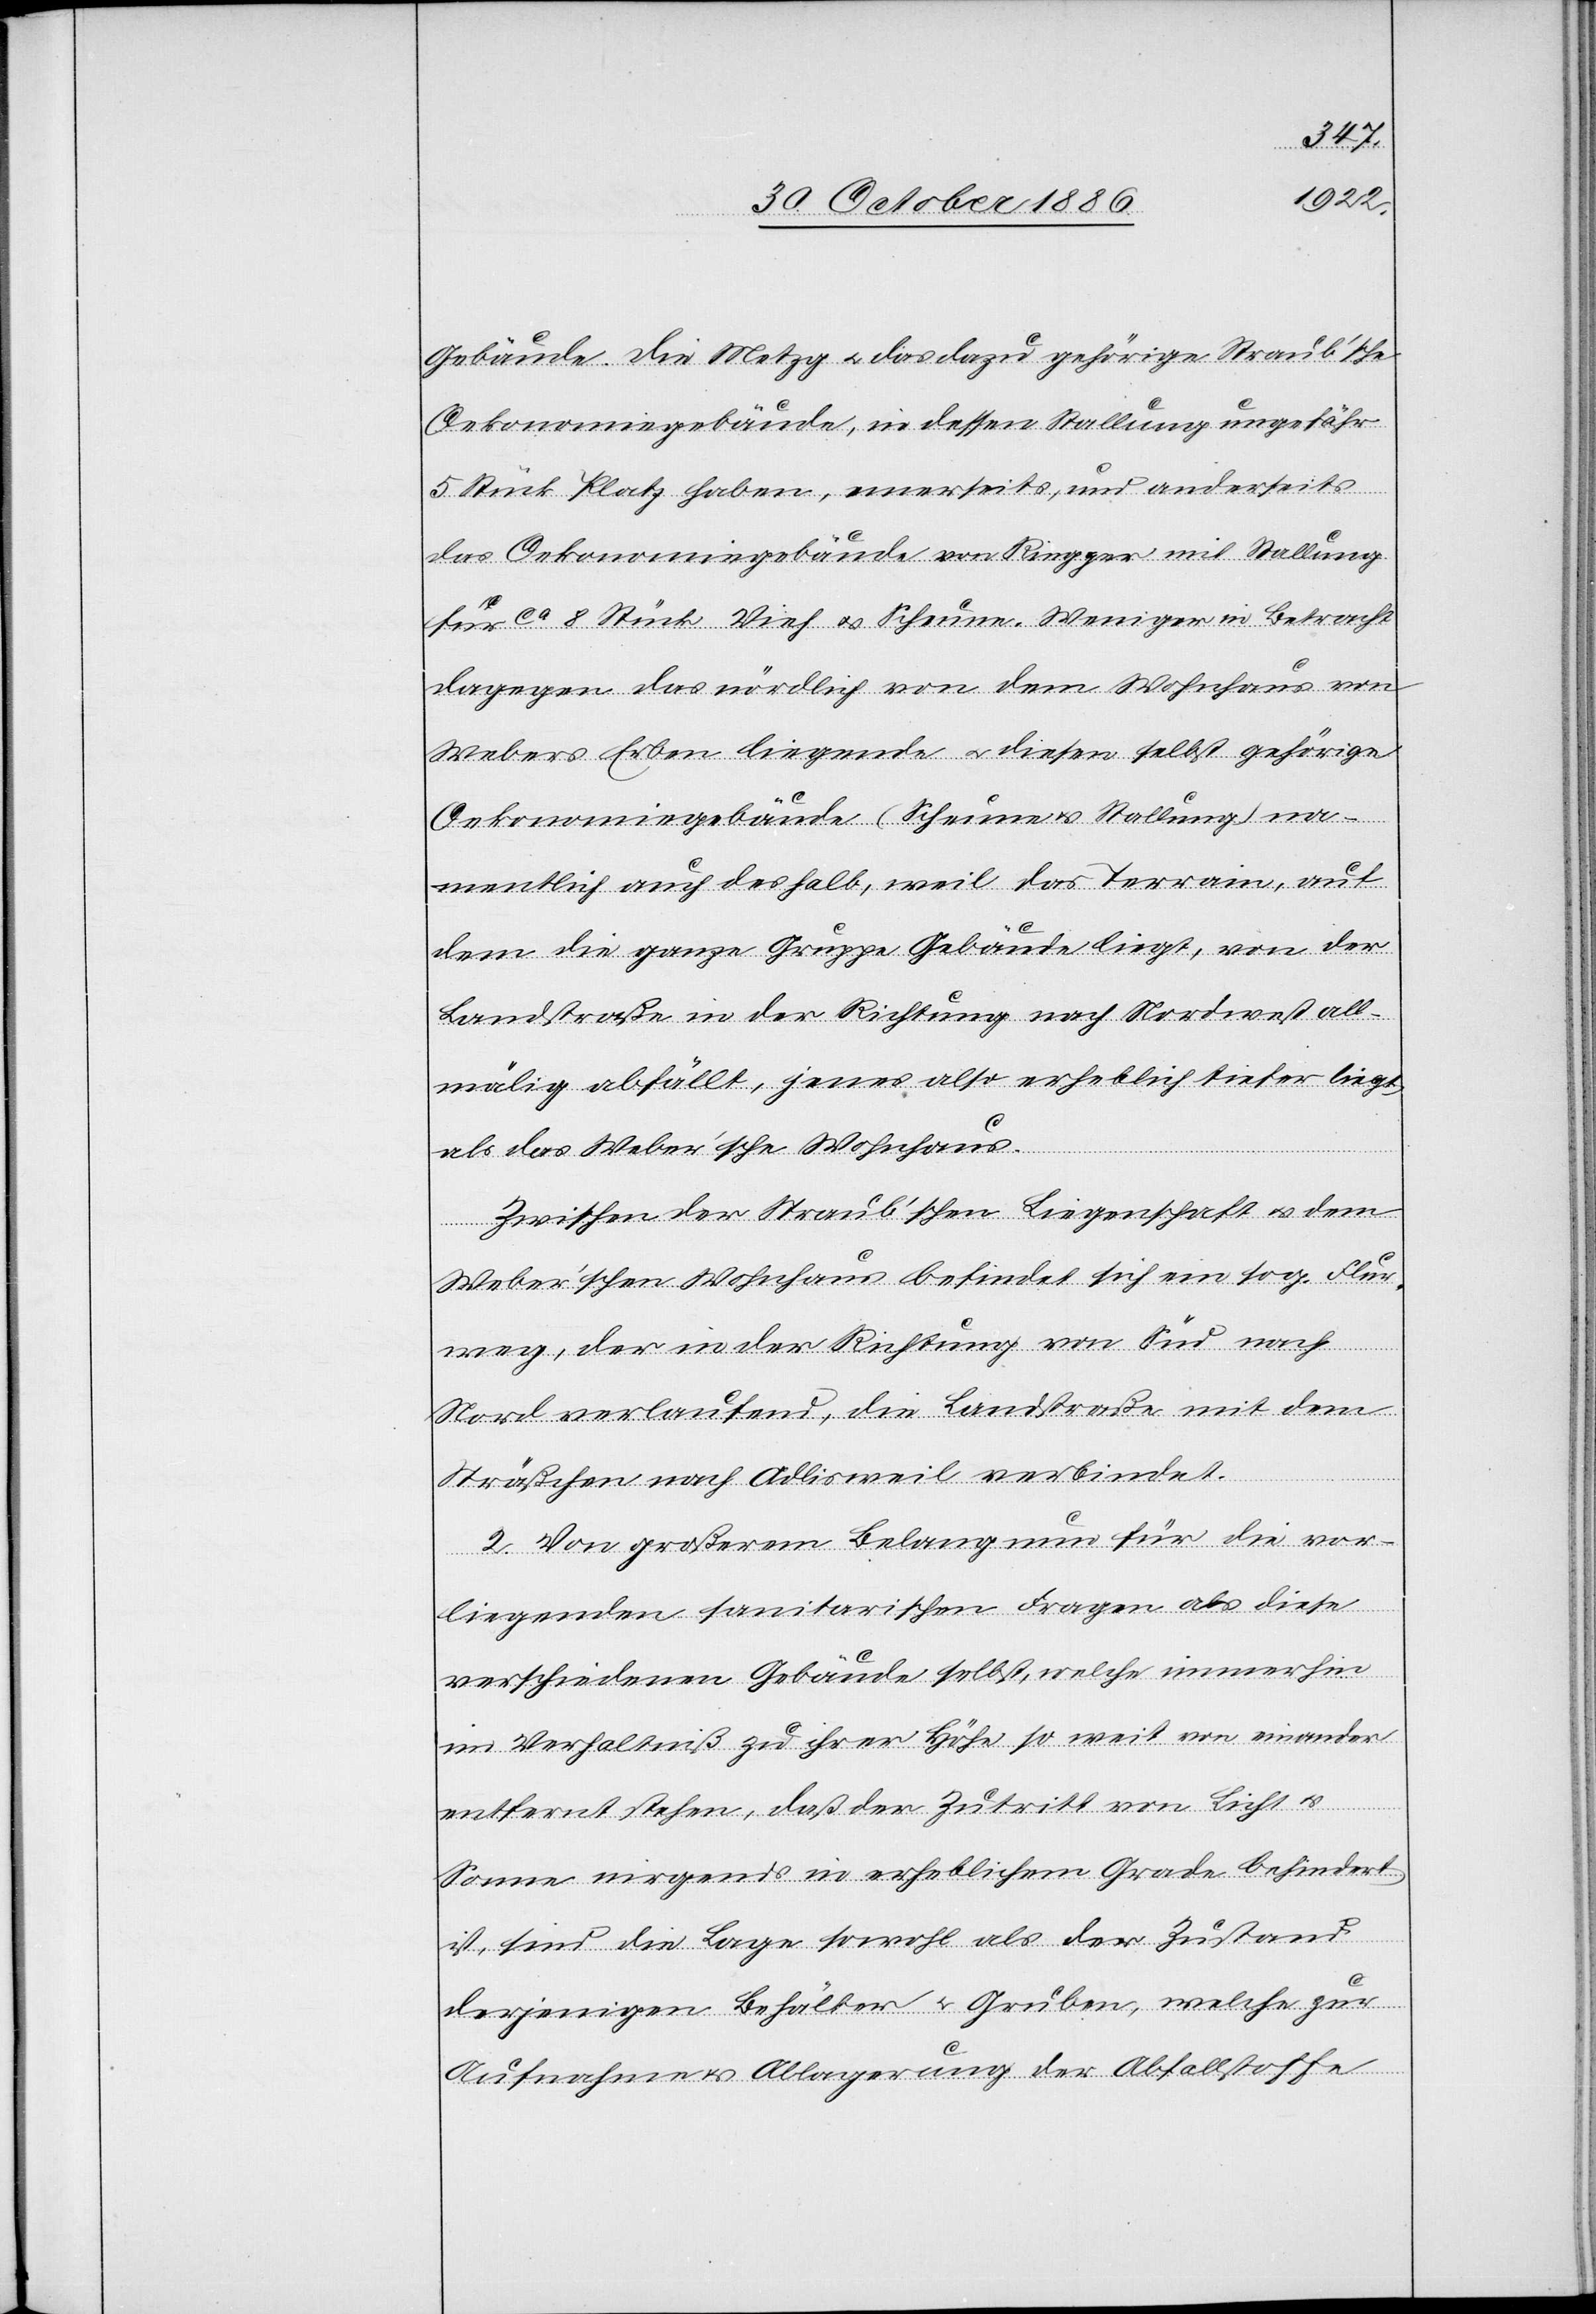
Gebäude. Die Metzg & das dazu gehörige Straub’sche
Oekonomiegebäude, in dessen Stallung ungefähr
5 Stück Platz haben, einerseits, und anderseits
das Oekonomiegebäude von Ringger mit Stallung
für ca 8 Stück Vieh & Scheune. Weniger in Betracht
dagegen das nördlich von dem Wohnhaus von
Webers Erben liegende & diesen selbst gehörige
Oekonomiegebäude (Scheune & Stallung) na¬
mentlich auch deshalb, weil das Terrain, auf
dem die ganze Gruppe Gebäude liegt, von der
Landstraße in der Richtung nach Nordwest all¬
mälig abfällt, jenes also erheblich tiefer liegt,
als das Weber’sche Wohnhaus.
Zwischen der Straub’schen Liegenschaft & dem
Weber’schen Wohnhaus befindet sich ein sog. Flur¬
weg, der in der Richtung von Süd nach
Nord verlaufend, die Landstraße mit dem
Sträßchen nach Adlisweil verbindet.
2. Von großerem [sic!] Belang nun für die vor¬
liegenden sanitarischen Fragen als diese
verschiedenen Gebäude selbst, welche immerhin
im Verhaltniß [sic!] zu ihrer Höhe so weit von einander
entfernt stehen, daß der Zutritt von Licht &
Sonne nirgends in erheblichem Grade behindert
ist, sind die Lage sowohl als der Zustand
derjenigen Behälter & Gruben, welche zur
Aufnahme & Ablagerung der Abfallstoffe